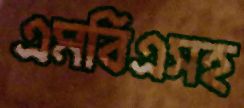
এমবিএসহ